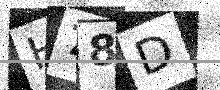
Text: H78D